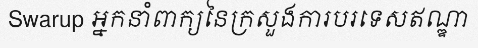
Swarup អ្នកនាំពាក្យនៃក្រសួងការបរទេសឥណ្ឌា